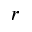
r